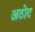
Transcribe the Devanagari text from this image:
अठोट